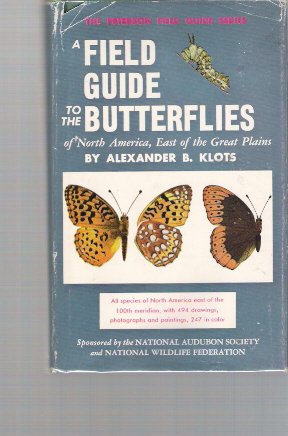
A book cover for Field Guide to the Butterflies of North America, East of the Great Plains (Peterson Field Guides); Alexander B. Klots; Sports & Outdoors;